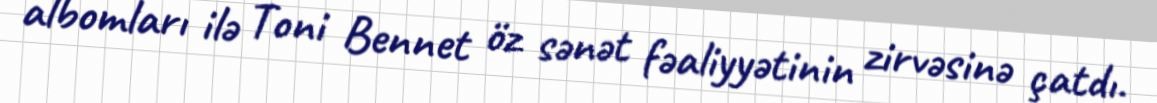
albomları ilə Toni Bennet öz sənət fəaliyyətinin zirvəsinə çatdı.